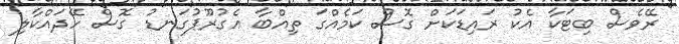
ރޭވެސް ބިޓަކާ އެކު ރައިޑަކަށް ގޮސް ކަމެއްގަ ތިއްބާ އެގުރޫޕުގަނޑު ގޮސް ހޭދައްކާލި